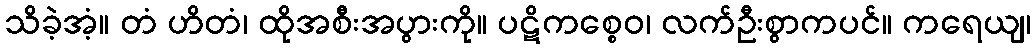
သိခဲ့အံ့။ တံ ဟိတံ၊ ထိုအစီးအပွားကို။ ပဋိကစ္စေဝ၊ လက်ဦးစွာကပင်။ ကရေယျ၊